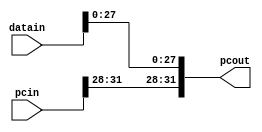
module concatenate4to28(datain, pcin, pcout);
input [31:0] datain, pcin;
output [31:0] pcout;
reg [31:0] pcout;
always @ (datain or pcin)
begin
  pcout = {pcin[31:28],datain[27:0]};
end
endmodule